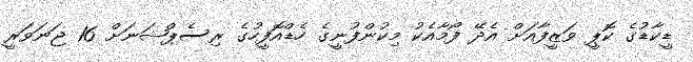
ޑީކާޑުގެ ކޮޕީ ވަޒީފާއަށް އެދޭ ފޯމާއެކު މިކުންފުނީގެ ހެޑްއޮފީހުގެ ރިސެޕްޝަނަށް 16 ޖަނަވަރީ